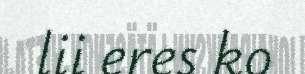
lii eres ko